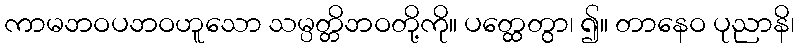
ကာမဘဝပဘဝဟူသော သမ္ပတ္တိဘဝတို့ကို။ ပတ္ထေတွာ၊ ၍။ တာနေဝ ပုညာနိ၊